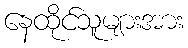
နေထိုင်သူများအား